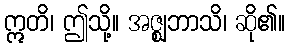
ဣတိ၊ ဤသို့။ အဇ္ဈဘာသိ၊ ဆို၏။